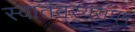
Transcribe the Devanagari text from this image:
स्वातंत््रयसंघर्ष